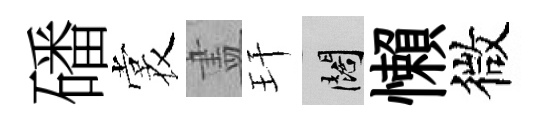
磻裳𥁞玕闊懶微